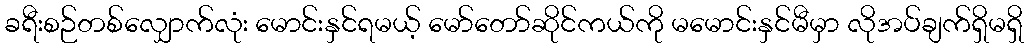
ခရီးစဉ်တစ်လျှောက်လုံး မောင်းနှင်ရမယ့် မော်တော်ဆိုင်ကယ်ကို မမောင်းနှင်မီမှာ လိုအပ်ချက်ရှိမရှိ